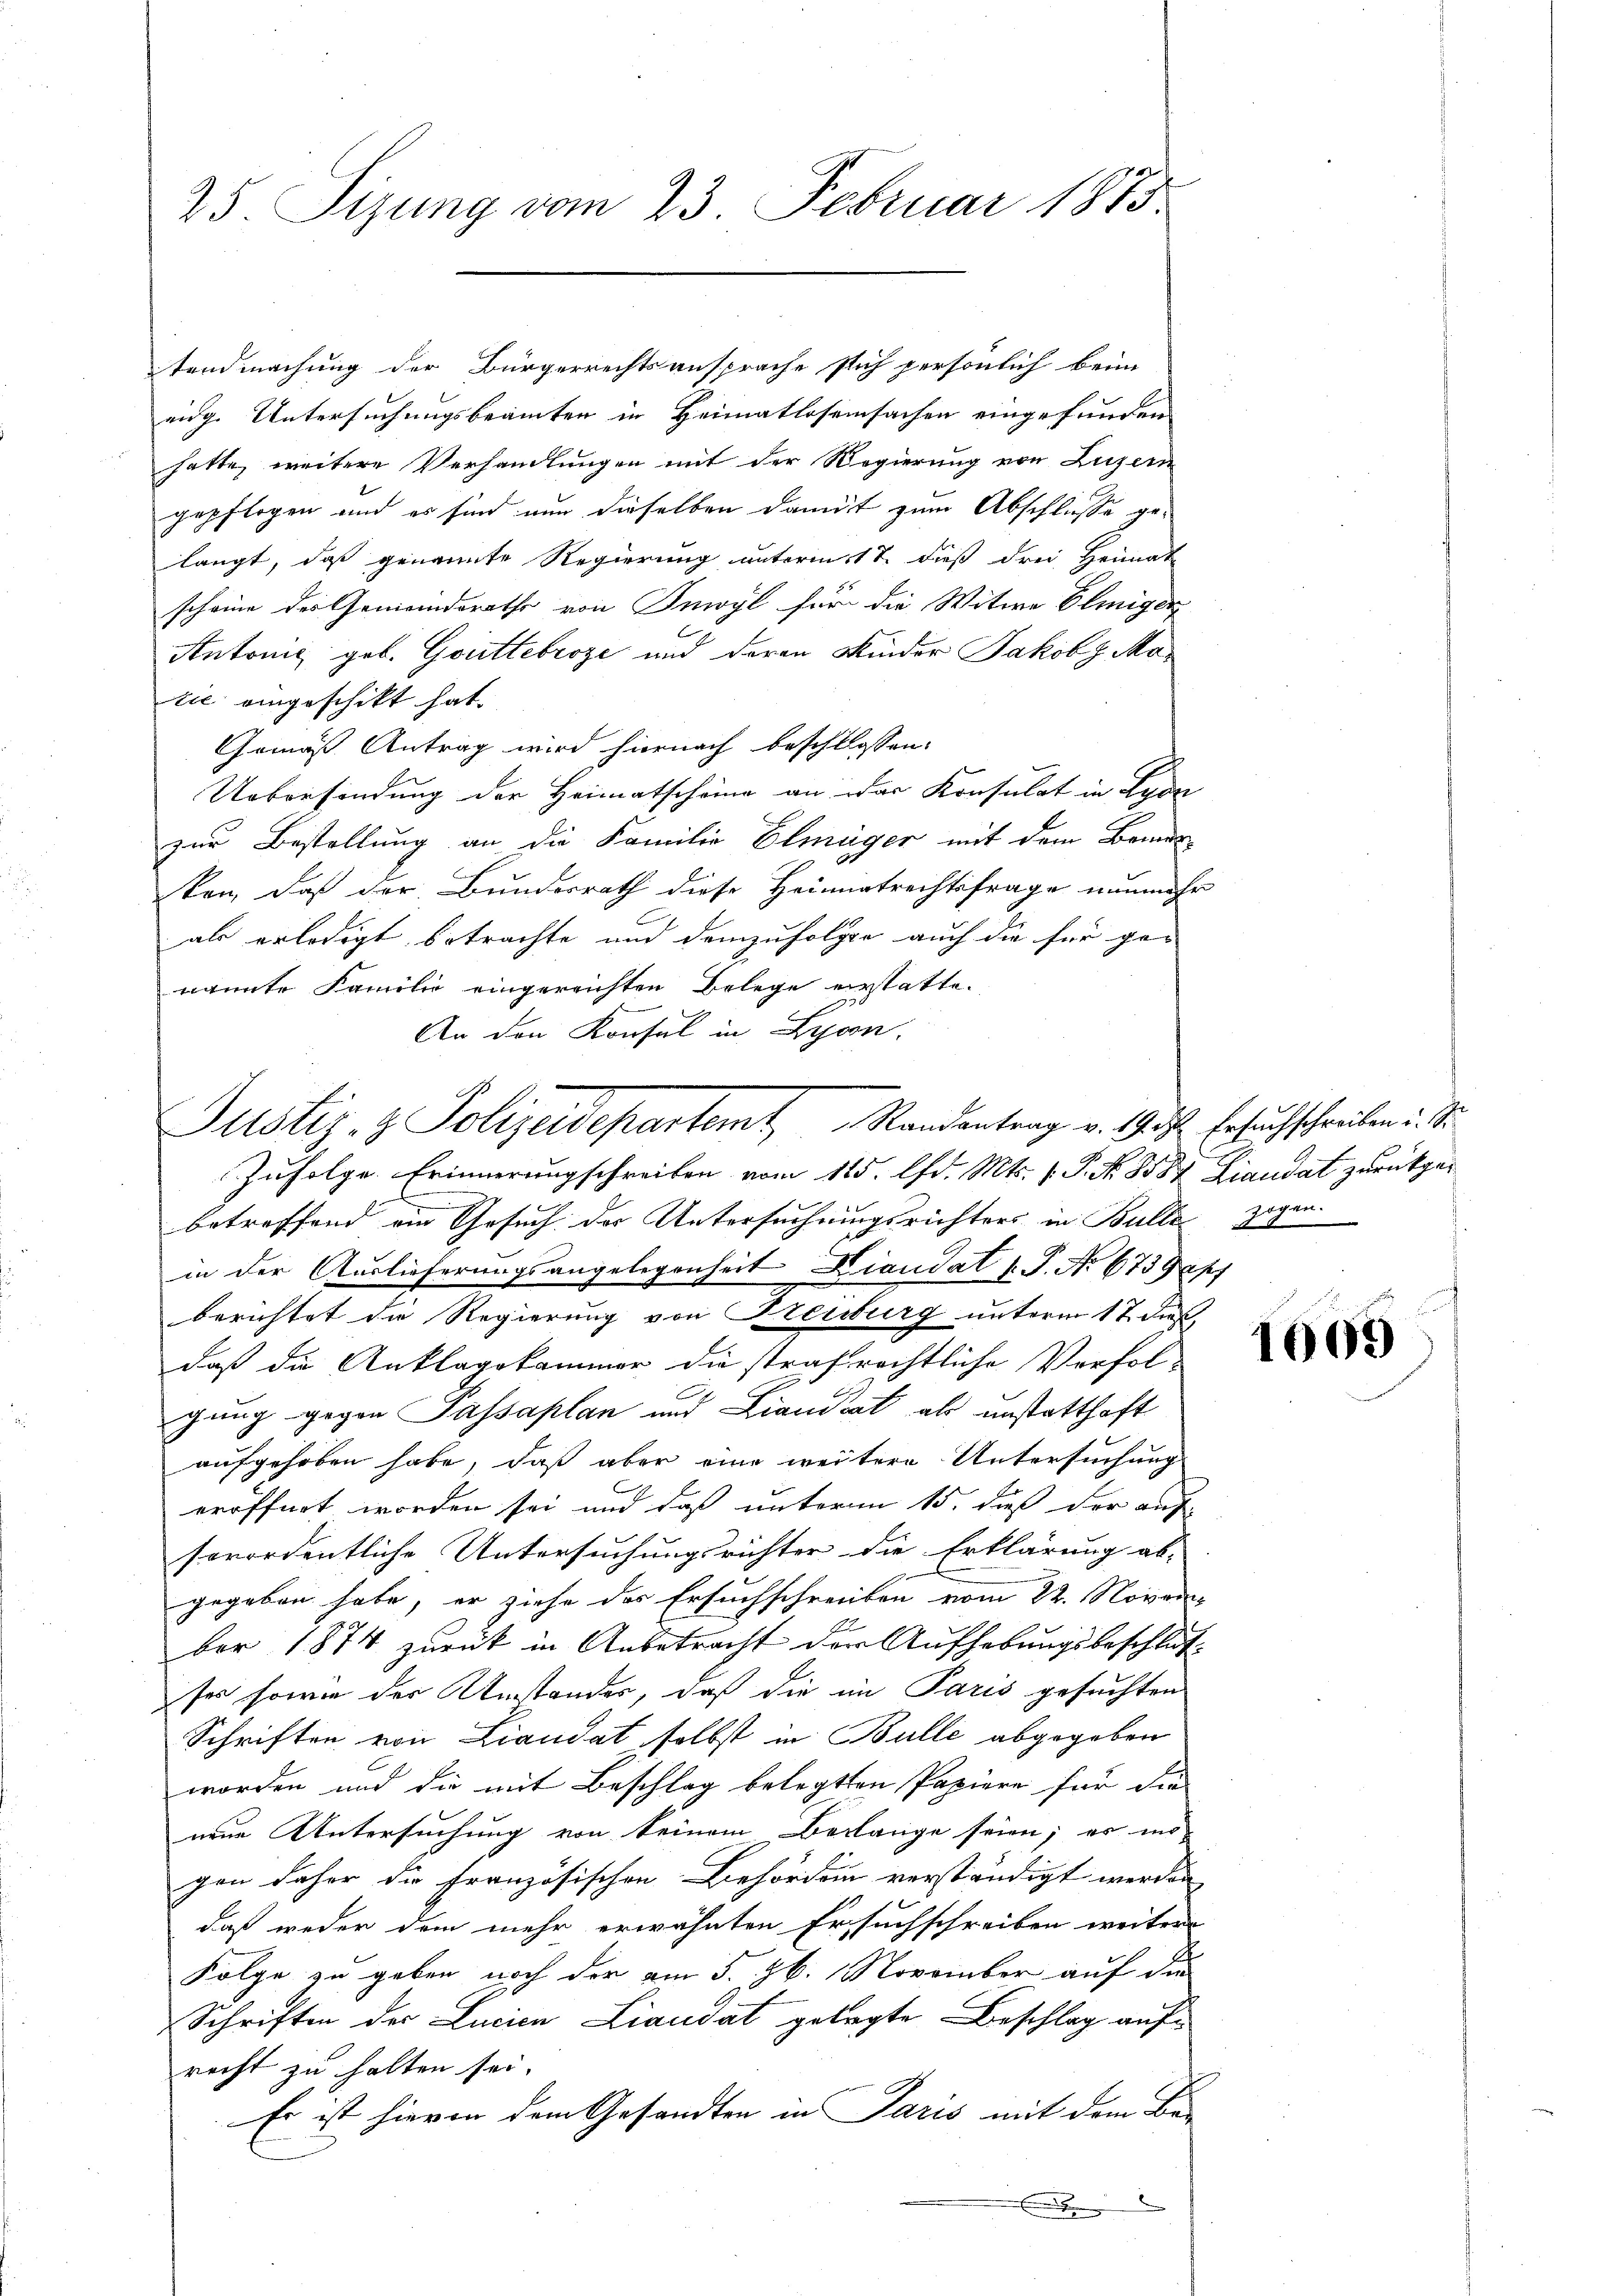
25. Sizung vom 23. Februar 1815.

tendmachung der Bürgerrechtsansprache sich persönlich beim
eidg. Untersuchungsbeamten in Heimatlosemsachen eingefunden
hatte, weitere Verhandlungen mit der Regierung von Luzern
gepflogen und es sind nun dieselben damit zum Abschliesse gelangt, daß genannte Regierung unterm 17. dieß drei Heimat
scheine der Gemeindsraths von Inwyl für die Witwe Eliigen
Antonis geb. Güttebroze und deren Kinder Jakob Motie eingeschikt hat.
Gemäß Antrag wird hiernach beschlossen:
Uebersendung der Heimatscheine an das Konsulat in Lyon
zur Bestellung an die Familie Elmäger mit dem Bemerken, daß der Bundesrath diese Heimatrechtsfrage nunmehr
als erledigt betrachte und demzufolgen auch die für ge-
nannte Familie eingereichten Belege erstatte.
An den Konsul in Lyon.
Zufolge Erinnerungschreiben vom 115. d. Mts. f. P. N. 8587 Liandat zurückgebetreffend ein Gesuch der Untersuchungsrichters in Bulle zogen.
in der Auslieferungsangelegenheit Diandat P. Nr. 675 gepf
berichtet die Regierung von Treuburg unterm 17 dieß,
daß die Anklagekammer die strafrechtliche Verfol-
gung gegen Passaplan und Landrat als unstatthaft
aufgehoben habe, daß aber eine weitere Untersuchung
eröffnet worden sei und daß unterm 15. dieß der auf
serordentliche Untersuchungsrichter die Erklärung ab-
gegeben habe, er ziehe des Ersuchschreiben vom 22. November 1874 zurück in Anbetracht der Aufhebungsbeschlußses sowie der Umstandes, daß die im Paris gesuchten
Schriften von Liandat selbst in Bulle abgegeben
worden und die mit Beschlag belegten Papiere für die
neue Untersuchung von keinem Berlange seien; es in
gen daher die Französischen Behörden verständigt werden
daß weder dem mehr erwähnten Ersuchschreiben weiter
Folge zu geben noch der am 5. 26. November auf die
Schriften der Lucian Liandat gelegte Beschlag aufrecht zu halten sei.
Es ist hievon dem Gesandten in Paris mit dem Be-

Justiz- & Polizeidepartemt Standentrag v. 19. d. Ersuchschreiben u. Si

1009